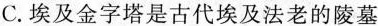
C.埃及金字塔是古代埃及法老的陵墓